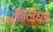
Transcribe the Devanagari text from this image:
कालेधन